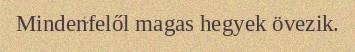
Mindenfelől magas hegyek övezik.